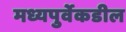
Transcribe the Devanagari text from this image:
मध्यपुर्वेकडील